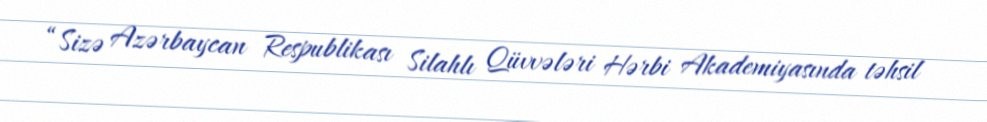
“Sizə Azərbaycan Respublikası Silahlı Qüvvələri Hərbi Akademiyasında təhsil